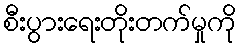
စီးပွားရေးတိုးတက်မှုကို